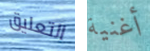
التعليق أغنية